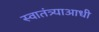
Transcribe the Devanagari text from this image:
स्वातंत्र्याआधी